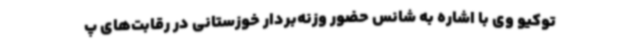
توکیو وی با اشاره به شانس حضور وزنه‌بردار خوزستانی در رقابت‌های پ